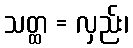
သတ္ထ = လှည်း၊